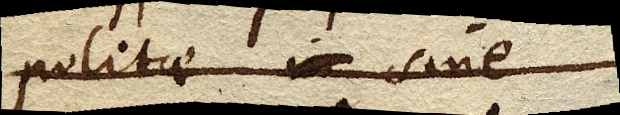
politae sine